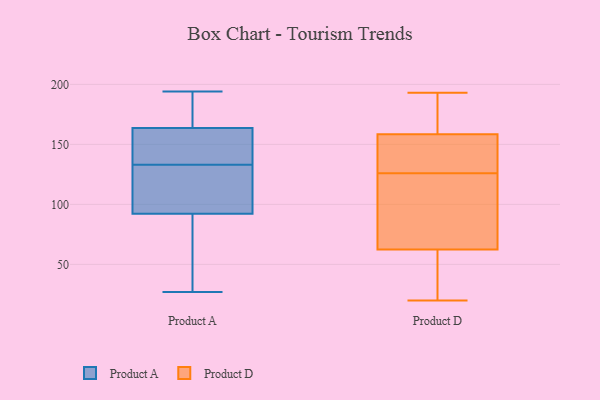
{"axis": {"x": "Active Users", "y": "Value"}, "legend": ["Product A", "Product D"], "data": [{"x": "", "y": 194, "type": "Product A"}, {"x": "", "y": 133, "type": "Product A"}, {"x": "", "y": 97, "type": "Product A"}, {"x": "", "y": 135, "type": "Product A"}, {"x": "", "y": 178, "type": "Product A"}, {"x": "", "y": 122, "type": "Product A"}, {"x": "", "y": 27, "type": "Product A"}, {"x": "", "y": 169, "type": "Product A"}, {"x": "", "y": 162, "type": "Product A"}, {"x": "", "y": 28, "type": "Product A"}, {"x": "", "y": 141, "type": "Product A"}, {"x": "", "y": 132, "type": "Product A"}, {"x": "", "y": 78, "type": "Product A"}, {"x": "", "y": 177, "type": "Product D"}, {"x": "", "y": 61, "type": "Product D"}, {"x": "", "y": 41, "type": "Product D"}, {"x": "", "y": 161, "type": "Product D"}, {"x": "", "y": 126, "type": "Product D"}, {"x": "", "y": 193, "type": "Product D"}, {"x": "", "y": 145, "type": "Product D"}, {"x": "", "y": 166, "type": "Product D"}, {"x": "", "y": 67, "type": "Product D"}, {"x": "", "y": 151, "type": "Product D"}, {"x": "", "y": 137, "type": "Product D"}, {"x": "", "y": 35, "type": "Product D"}, {"x": "", "y": 74, "type": "Product D"}, {"x": "", "y": 89, "type": "Product D"}, {"x": "", "y": 87, "type": "Product D"}, {"x": "", "y": 61, "type": "Product D"}, {"x": "", "y": 165, "type": "Product D"}, {"x": "", "y": 147, "type": "Product D"}, {"x": "", "y": 20, "type": "Product D"}]}